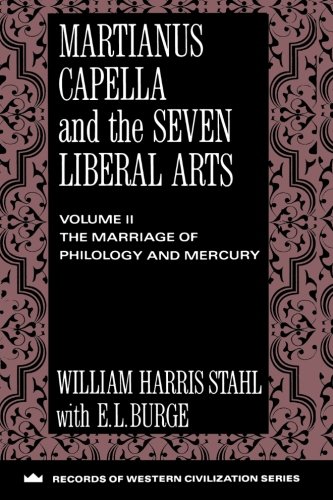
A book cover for Martianus Capella and the Seven Liberal Arts (Records of Western Civilization Series); William Harris Stahl; Literature & Fiction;